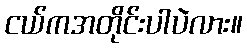
ငယ်ကအတိုင်းပါပဲလား။